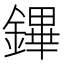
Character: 鏎